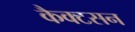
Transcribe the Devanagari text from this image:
कैक्टसन